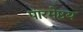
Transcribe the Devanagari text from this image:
पारमेष्ठय